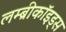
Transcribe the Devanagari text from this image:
लम्ब्रीकॉइड्स